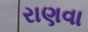
રાણવા